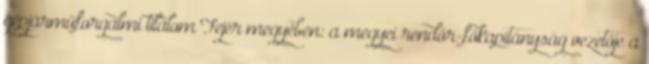
gépjárműforgalmi tilalom Fejér megyében: a megyei rendőr-főkapitányság vezetője a